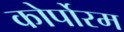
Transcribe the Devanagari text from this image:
कोर्पोरम